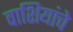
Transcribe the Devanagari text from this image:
वाशियांचे